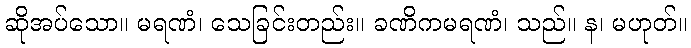
ဆိုအပ်သော။ မရဏံ၊ သေခြင်းတည်း။ ခဏိကမရဏံ၊ သည်။ န၊ မဟုတ်။